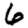
Digit: 6